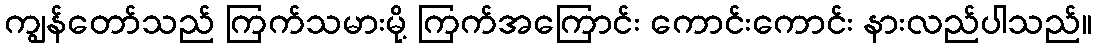
ကျွန်တော်သည် ကြက်သမားမို့ ကြက်အကြောင်း ကောင်းကောင်း နားလည်ပါသည်။